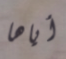
أياها